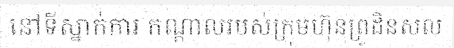
នៅទីស្នាក់ការ កណ្តាលរបស់ក្រុមហ៊ុនព្រូដិនសល